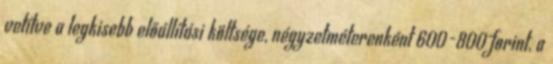
vetítve a legkisebb előállítási költsége, négyzetméterenként 600-800 forint, a